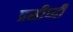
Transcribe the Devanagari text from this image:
प्रसीध्दी